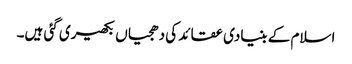
اسلام کے بنیادی عقائد کی دھجیاں بکھیری گئی ہیں۔